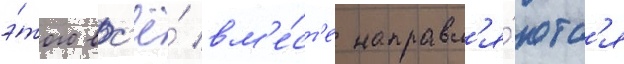
э́того вс'ё́ вм'е́ст'е направл'я́ютс'я